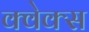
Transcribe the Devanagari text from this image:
क्वेक्स